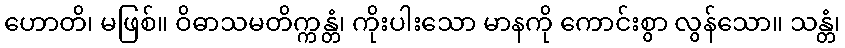
ဟောတိ၊ မဖြစ်။ ဝိဓာသမတိက္ကန္တံ၊ ကိုးပါးသော မာနကို ကောင်းစွာ လွန်သော။ သန္တံ၊